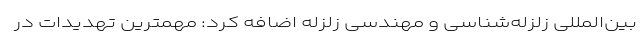
بین‌المللی زلزله‌شناسی و مهندسی زلزله اضافه کرد: مهمترین تهدیدات در